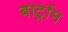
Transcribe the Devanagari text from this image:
बार्ट्राम